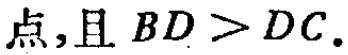
点,且 \(BD > DC\).